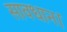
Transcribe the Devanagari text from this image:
सावधान।